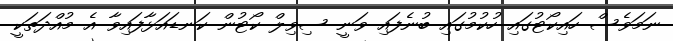
ނަމަވެސް ހައިކޯޓުގައި ހުކުމުގައި ބުނެފައި ވަނީ ސިވިލް ކޯޓުން ކަނޑައަޅާފައިވާ އެ މުއްދަތަކީ